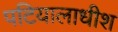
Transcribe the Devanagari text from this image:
पटियालाधीश